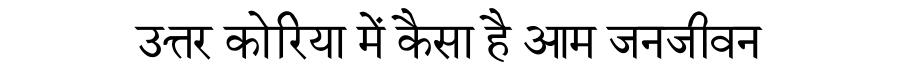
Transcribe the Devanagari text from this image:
उत्तर कोरिया में कैसा है आम जनजीवन